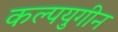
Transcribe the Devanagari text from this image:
कल्पयुगीन